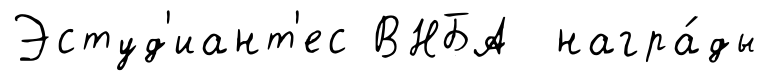
Эстуд'иант'ес ВНБА награ́ды